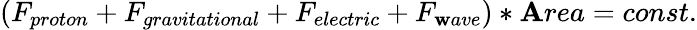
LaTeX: (F_{proton}+F_{gravitational}+F_{electric}+F_{\mathbf{w}ave})*\mathbf{A}rea=const.